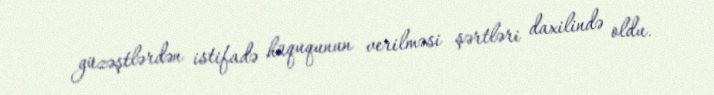
güzəştlərdən istifadə hüququnun verilməsi şərtləri daxilində oldu.